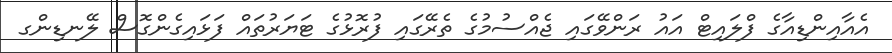
އެއާއިންޑިއާގެ ފްލައިޓް އައު ރަންވޭގައި ޖެއްސުމުގެ ތެރޭގައި ފުރޮޅުގެ ޓަޔަރުތައް ފަޅައިގެންގޮސް ލޭނޑިންގ